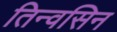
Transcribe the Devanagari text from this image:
तिन्वसिन